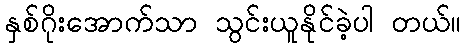
နှစ်ဂိုးအောက်သာ သွင်းယူနိုင်ခဲ့ပါ တယ်။